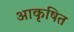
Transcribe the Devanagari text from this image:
आकृषित